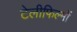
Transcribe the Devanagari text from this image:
टेलीफिल्मों